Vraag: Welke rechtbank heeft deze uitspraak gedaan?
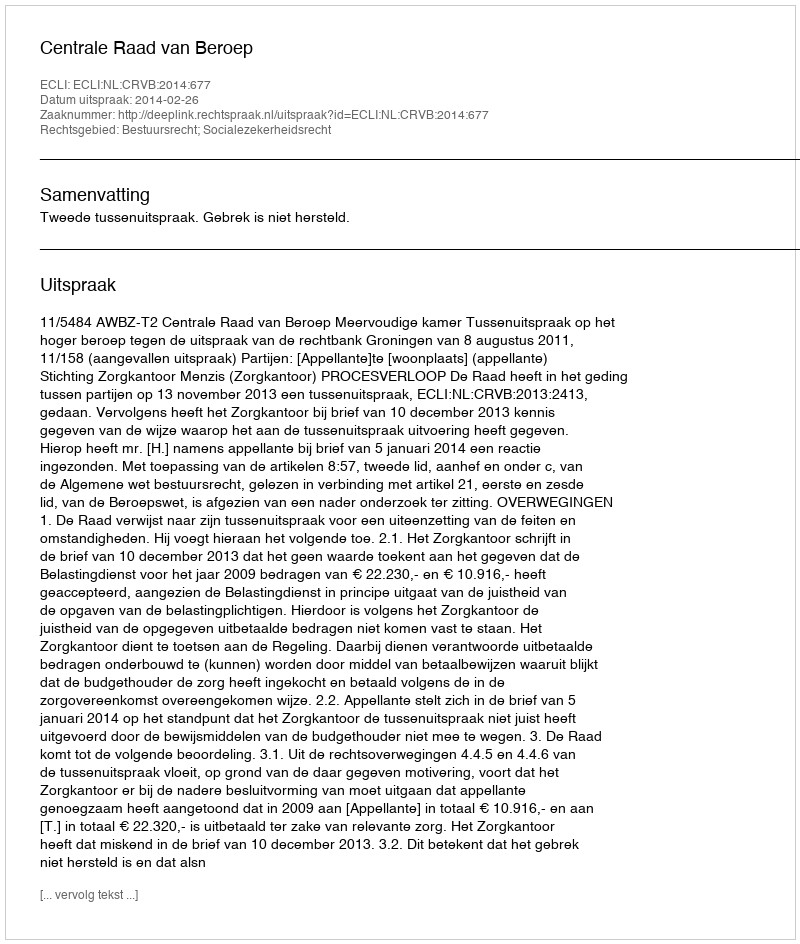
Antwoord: Centrale Raad van Beroep